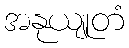
အနုယျုတံ